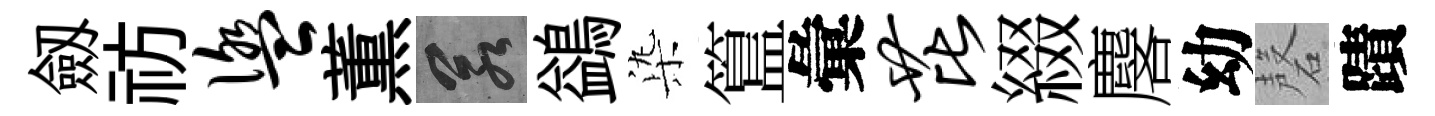
劔祊盥薫若鷁𣑱簋彙芘綴麐幼磬蹟